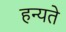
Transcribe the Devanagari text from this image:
हन्यते